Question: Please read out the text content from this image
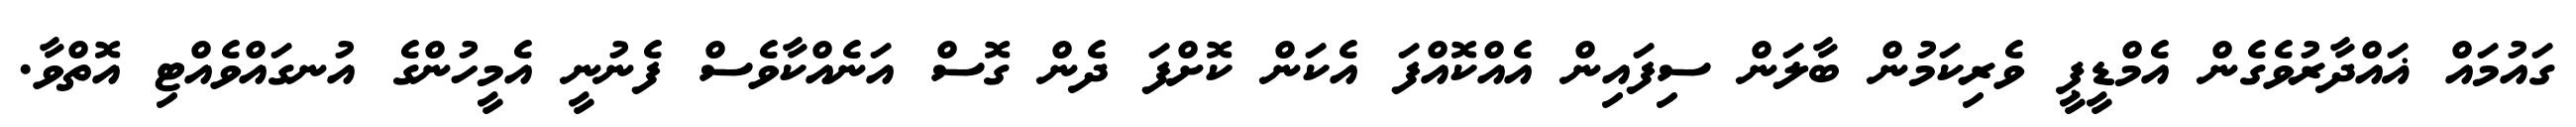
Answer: ގައުމައް ޣައްދާރުވެގެން އެމްޑީޕީ ވެރިކަމުން ބާލަން ސިފައިން އެއްކޮއްފަ އެކަން ކޮށްފަ ދެން ގޮސް އަނެއްކާވެސް ފެނުނީ އެމީހުންގެ އުނގައްވެއްޓި އޮތްވާ.